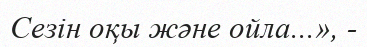
Сезін оқы және ойла...», -